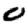
Digit: 0